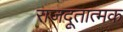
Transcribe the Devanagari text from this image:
राजदूतात्मक